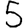
Digit: 5